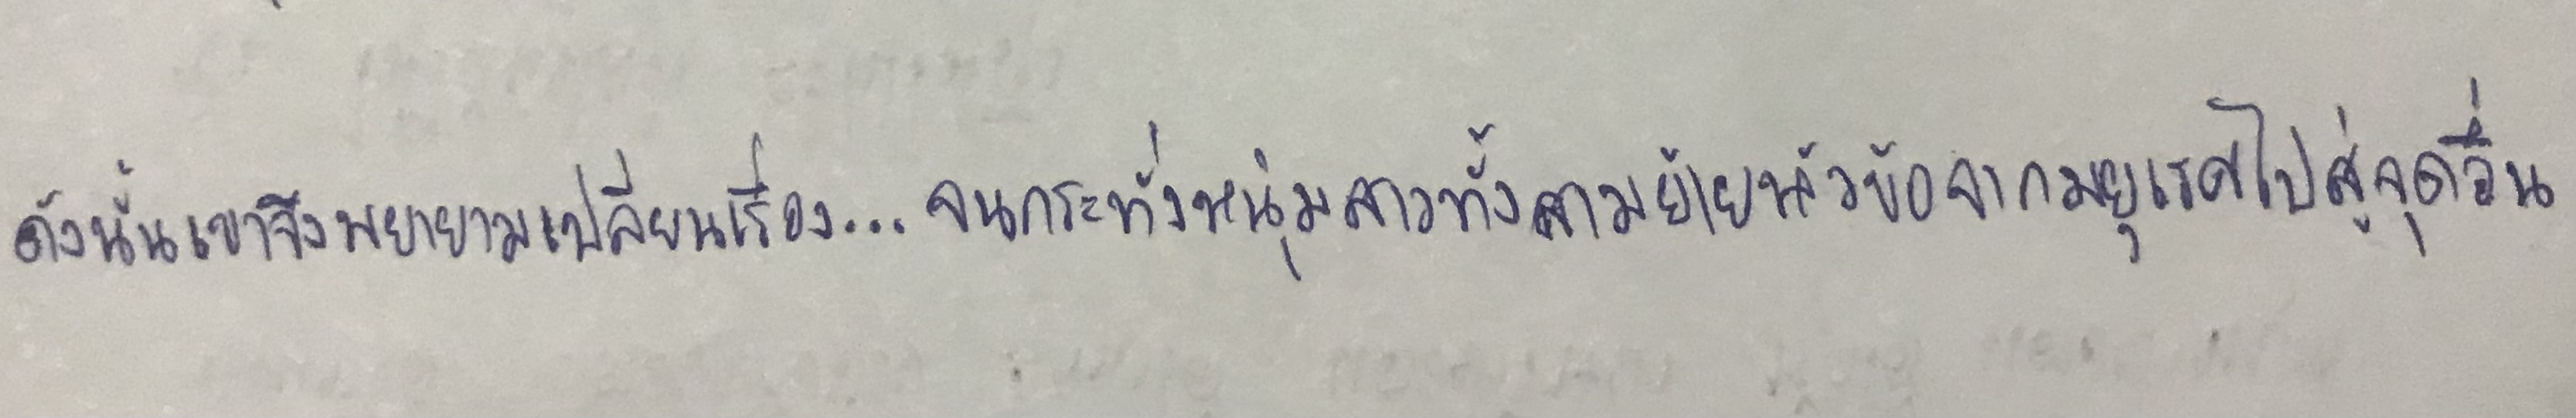
ดังนั้นเขาจึงพยายามเปลี่ยนเรื่อง...จนกระทั่งหนุ่มสาวทั้งสามย้ายหัวข้อจากมยุเรศไปสู่จุดอื่น